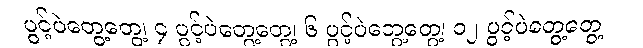
ပွင့်ပဲတွေ့တွေ့၊ ၄ ပွင့်ပဲတွေ့တွေ့၊ ၆ ပွင့်ပဲတွေ့တွေ့၊ ၁၂ ပွင့်ပဲတွေ့တွေ့